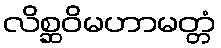
လိစ္ဆဝိမဟာမတ္တံ